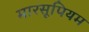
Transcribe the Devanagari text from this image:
मारसूपियम